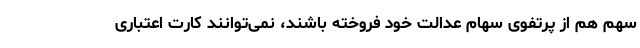
سهم هم از پرتفوی سهام عدالت خود فروخته باشند، نمی‌توانند کارت اعتباری